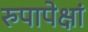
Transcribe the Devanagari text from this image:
रुपापेक्षां